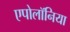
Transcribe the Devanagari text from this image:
एपोलॉनिया